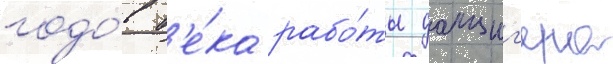
годо́в в'е́ка рабо́ты данциг'ера